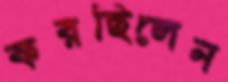
করছিলেন